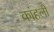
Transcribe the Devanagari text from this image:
कांहली